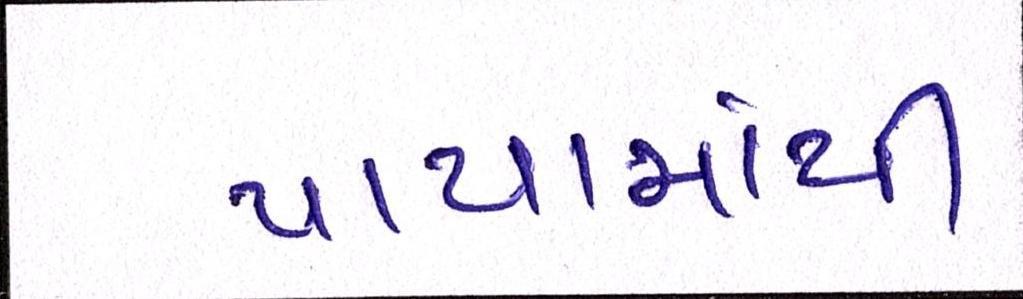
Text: પાયામાંથી